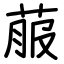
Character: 菔